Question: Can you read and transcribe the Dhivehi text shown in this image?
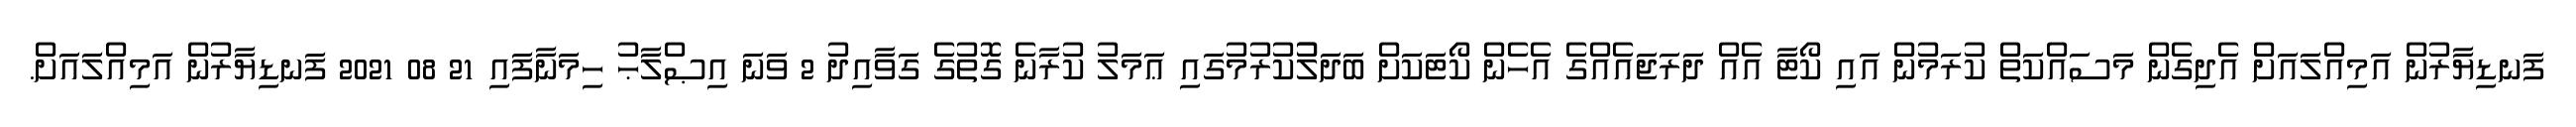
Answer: ފަނޑިޔާރުން އަމިއްލައަށް އެދިގެން މަސައްކަތް ކުރަމުން އައި ކޯޓާ އެއް ދަރަޖައެއްގެ އެހެން ކޯޓަކަށް ބަދަލުުކުރުމުގައި ޢަމަލު ކުރާނެ ގޮތުގެ ގަވާއިދު 2 ވަނަ އިޞްލާޙު ހިމަނާފައި 21 08 2021 ފަނޑިޔާރުން އަމިއްލައަށް.